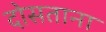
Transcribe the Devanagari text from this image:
दोसताना